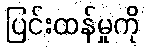
ပြင်းထန်မှုကို